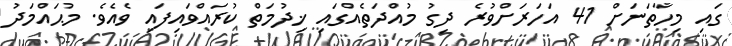
ގައި މިހާތަނަށް 41 އަހަރަށްވުރެ ދިގު މުއްދަތެއްގައި ޚިދުމަތް ކުރައްވައިފައި ވެއެވެ. މުޙައްމަދު